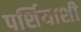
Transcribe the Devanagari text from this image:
पर्शियाशी